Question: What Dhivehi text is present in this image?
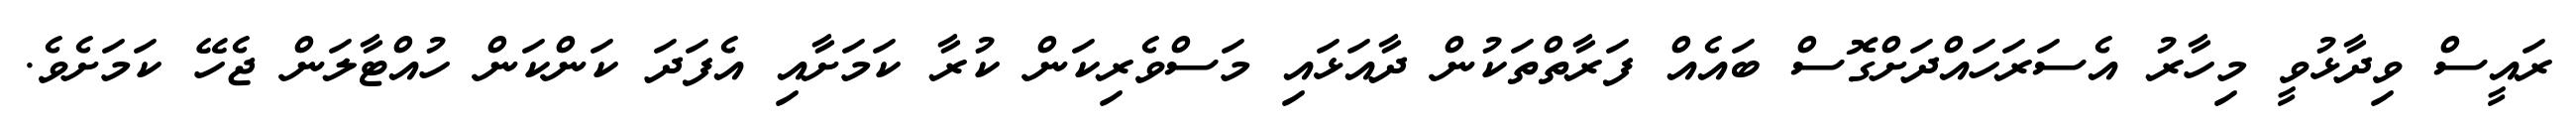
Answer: ރައީސް ވިދާޅުވީ މިހާރު އެސަރަހައްދަށްގޮސް ބައެއް ފަރާތްތަކުން ދާއަޅައި މަސްވެރިކަން ކުރާ ކަމަށާއި އެފަދަ ކަންކަން ހުއްޓާލަން ޖެހޭ ކަމަށެވެ.